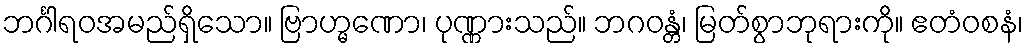
ဘင်္ဂါရဝအမည်ရှိသော။ ဗြာဟ္မဏော၊ ပုဏ္ဏားသည်။ ဘဂဝန္တံ၊ မြတ်စွာဘုရားကို။ ဧတံဝစနံ၊